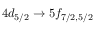
4 d _ { 5 / 2 } \rightarrow 5 f _ { 7 / 2 , 5 / 2 }